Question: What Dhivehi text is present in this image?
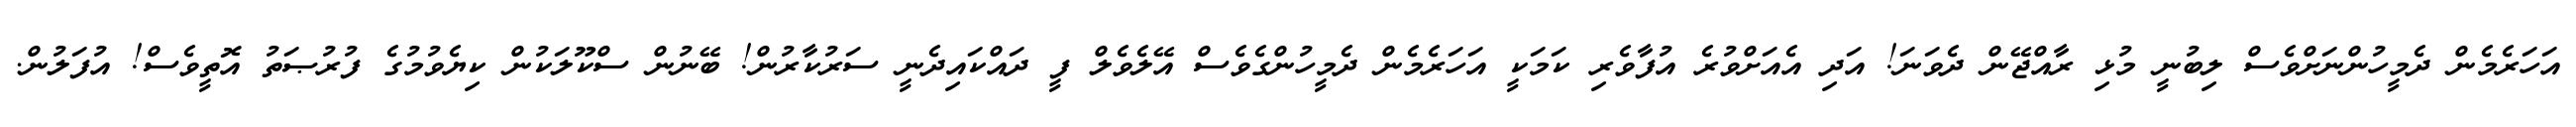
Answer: އަހަރެމެން ދެމީހުންނަށްވެސް ލިބުނީ މުޅި ރާއްޖޭން ދެވަނަ! އަދި އެއަށްވުރެ އުފާވެރި ކަމަކީ އަހަރެމެން ދެމީހުންގެވެސް އޭލެވެލް ފީ ދައްކައިދެނީ ސަރުކާރުން! ބޭނުން ސްކޫލަކުން ކިޔެވުމުގެ ފުރުޞަތު އޮތީވެސް! އުފަލުން.